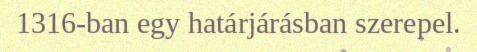
1316-ban egy határjárásban szerepel.